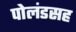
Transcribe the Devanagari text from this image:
पोलंडसह